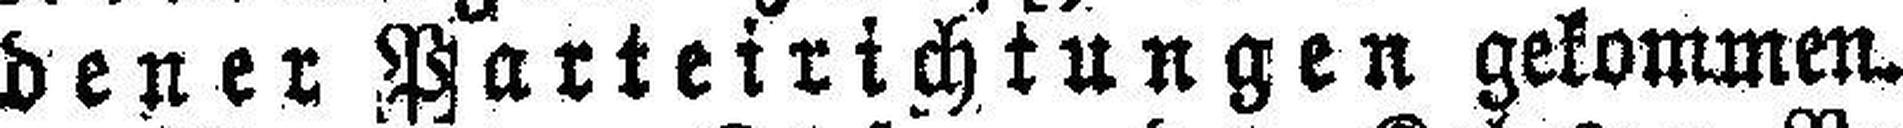
dener Parteirichtungen gekommen.